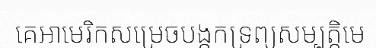
គេអាមេរិកសម្រេចបង្កកទ្រព្យសម្បត្តិមេ